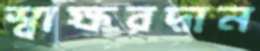
স্বাক্ষরদান